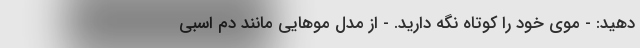
دهید: - موی خود را کوتاه نگه دارید. - از مدل موهایی مانند دم اسبی